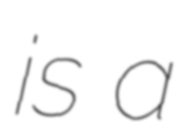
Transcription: is a